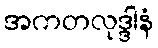
အကတလုဒ္ဒါနံ